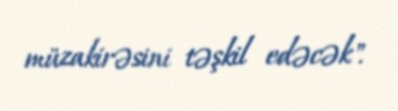
müzakirəsini təşkil edəcək".